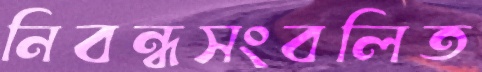
নিবন্ধসংবলিত